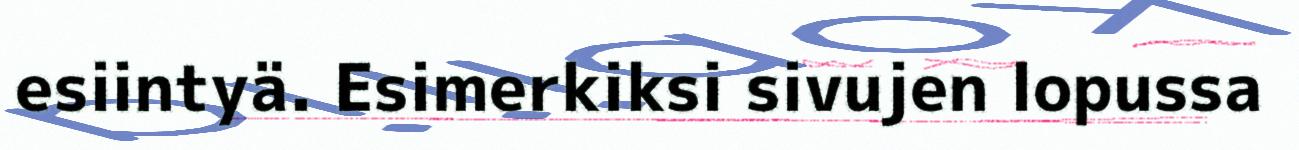
esiintyä. Esimerkiksi sivujen lopussa